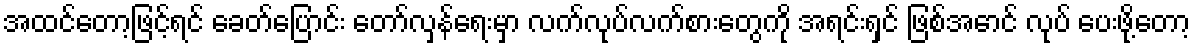
အထင်တော့ဖြင့်ရင် ခေတ်ပြောင်း တော်လှန်ရေးမှာ လက်လုပ်လက်စားတွေကို အရင်းရှင် ဖြစ်အောင် လုပ် ပေးဖို့တော့